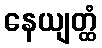
နေယျတ္ထံ